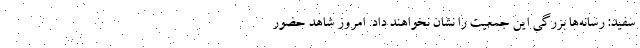
سفید: رسانه‌ها بزرگی این جمعیت را نشان نخواهند داد. امروز شاهد حضور